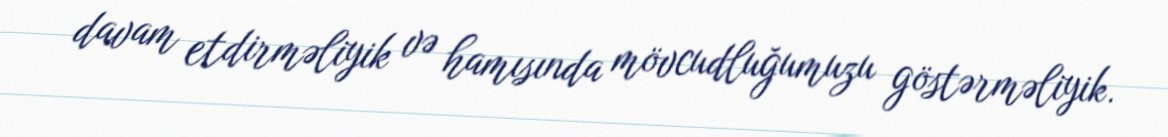
davam etdirməliyik və hamısında mövcudluğumuzu göstərməliyik.